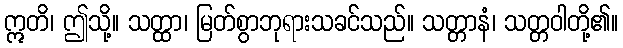
ဣတိ၊ ဤသို့။ သတ္ထာ၊ မြတ်စွာဘုရားသခင်သည်။ သတ္တာနံ၊ သတ္တဝါတို့၏။